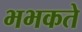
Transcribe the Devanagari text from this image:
भभकते